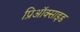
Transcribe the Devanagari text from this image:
प्रिऑक्साइड